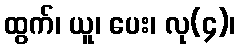
ထွက်၊ ယူ၊ ပေး၊ လု(၄)၊